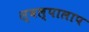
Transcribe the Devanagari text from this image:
स्वल्पालाप